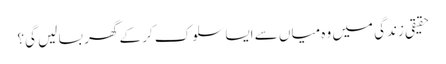
حقیقی زندگی میں وہ میاں سے ایسا سلوک کر کے گھر بسا لیں گی؟